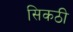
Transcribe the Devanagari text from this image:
सिकठी